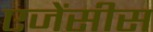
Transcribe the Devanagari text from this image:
एजेंसीस